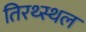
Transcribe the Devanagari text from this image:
तिरथ्स्थल